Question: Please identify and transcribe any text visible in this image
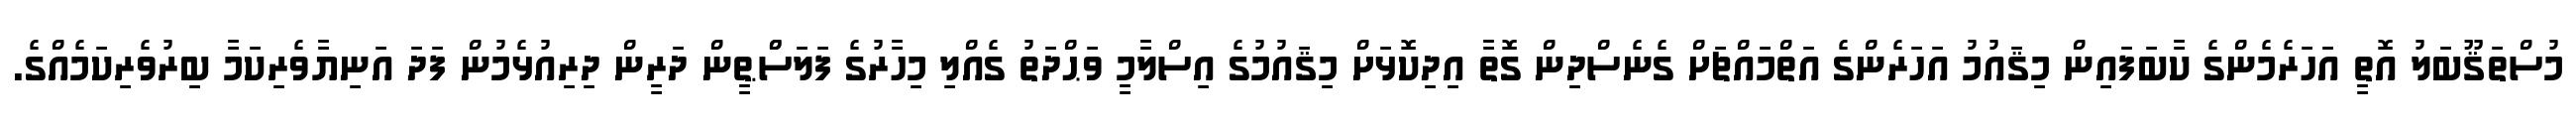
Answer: މުސްތަޤޫބަލު އޮތީ އަހަރެމެންގެ ކާބަފައިން މިޤައުމު އަހަރެންގެ އަތްމައްޗަށް ގެނެސްދިން ގޮތާ އިދިކޮޅަށް މިޤައުމުގެ އިސްލާމީ ވަޙްދަތު ގެއްލި މިހާރުގެ ފަލަސްްޠީން ދަރީން ދިރިއުޅެމުން ފަދަ އަނިޔާވެރިކަމާ ބިރުވެރިކަމެއްގެ.